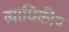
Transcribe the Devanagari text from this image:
व्याधिकीय